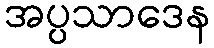
အပ္ပသာဒေန